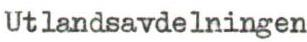
Utlandsavdelningen